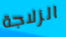
الزلاجة